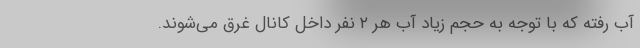
آب رفته که با توجه به حجم زیاد آب هر ۲ نفر داخل کانال غرق می‌شوند.